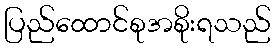
ပြည်ထောင်စုအစိုးရသည်